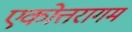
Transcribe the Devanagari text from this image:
एकोत्तरागम